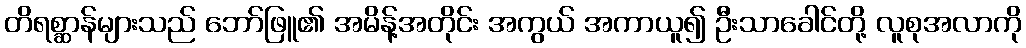
တိရစ္ဆာန်များသည် ဘော်ဖြူ၏ အမိန့်အတိုင်း အကွယ် အကာယူ၍ ဦးသာခေါင်တို့ လူစုအလာကို